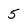
Character: 5